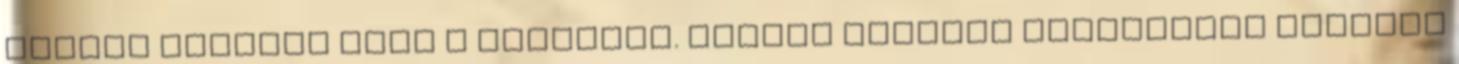
István játszik majd a posztján. Huszti hiányát leszámítva viszont